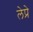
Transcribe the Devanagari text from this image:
लेप्रे